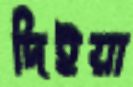
দিইয়া